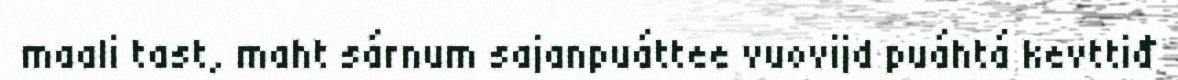
maali tast, maht sárnum sajanpuáttee vuovijd puáhtá kevttiđ